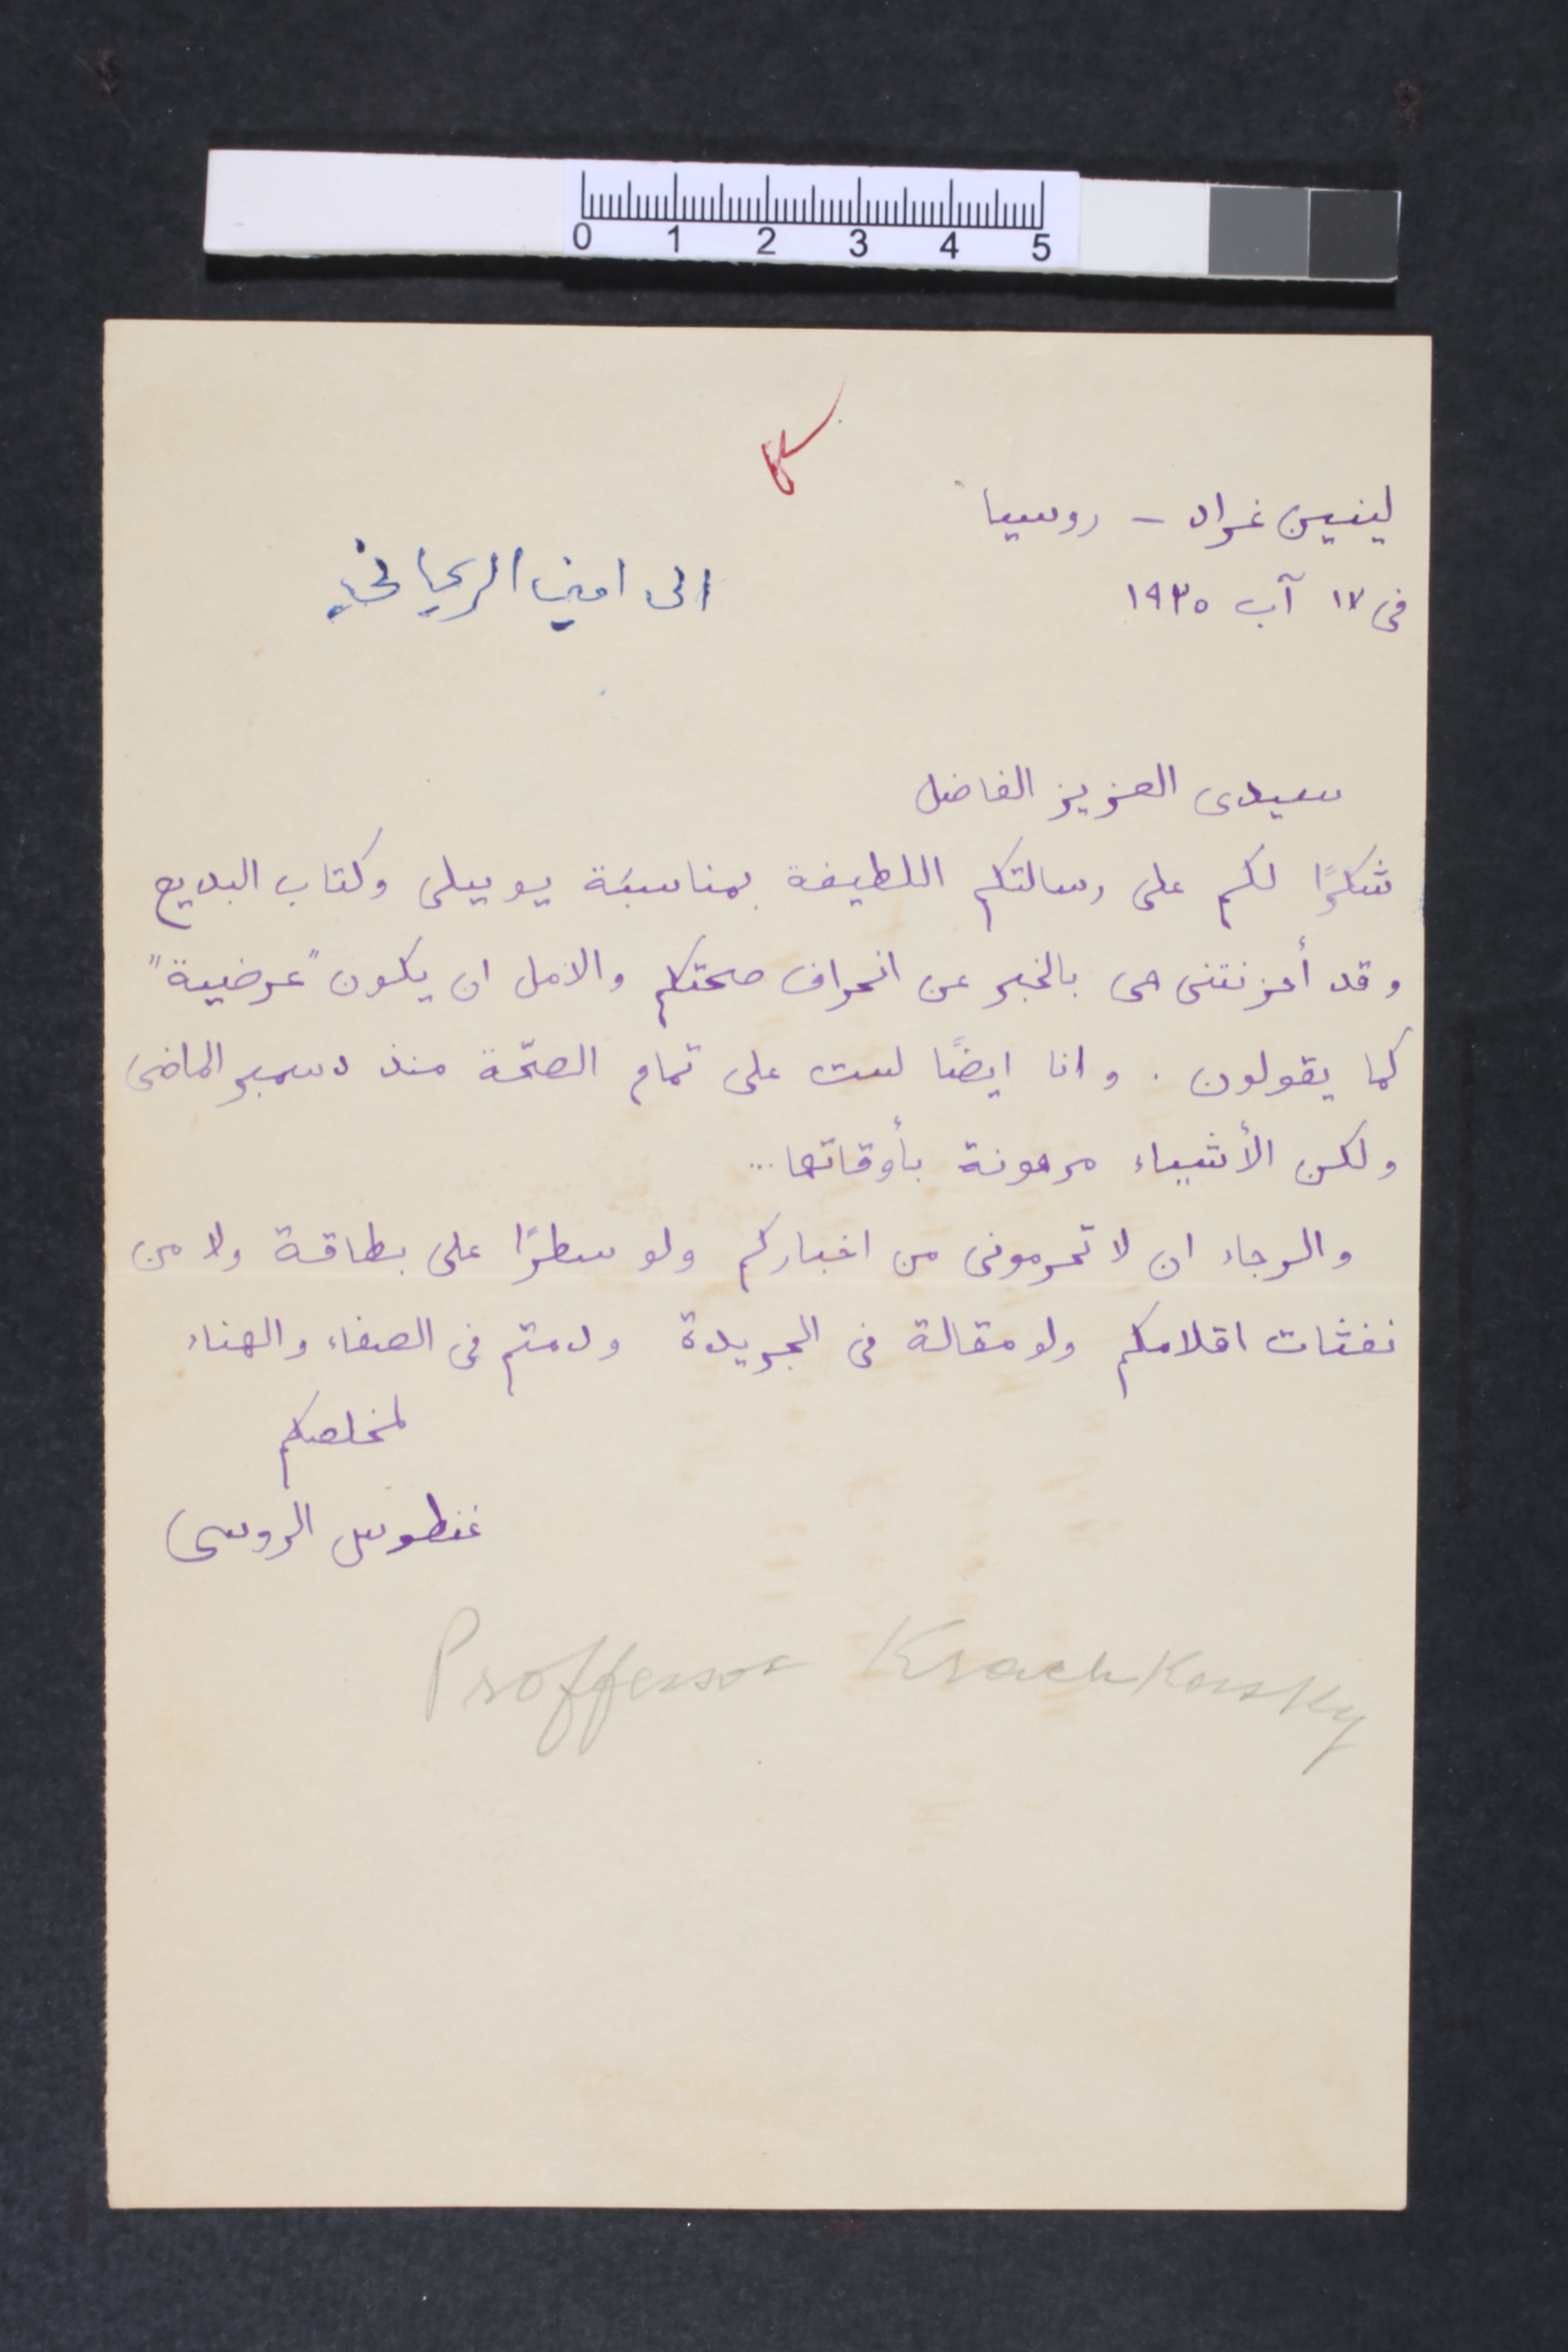
لينين غراد – روسيا
في ١٧ آب ١٩٣٥			الى امين الريحاني
سيدي العزيز الفاضل
شكرا لكم على رسالتكم اللطيفة بمناسبَة يوبيلى وكتاب البديع
وقد أحزنتنى مى بالخبر عن انحراف صحتكم والامل ان يكون "عرضية"
كما يقولون. وانا ايضاً لست على تمام الصحّة منذ دسمبر الماضى
ولكن الأشياء مرهونة بأوقاتها...
والرجاء ان لا تحرمونى من اخباركم ولو سطراً على بطاقة ولا من
نفثات اقلامكم ولو مقالة فى الجريدة ودمتم فى الصفاء والهناء
لمخلصكم غنطوس الروسى
Proffessor Krachkovsky